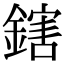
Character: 鎋